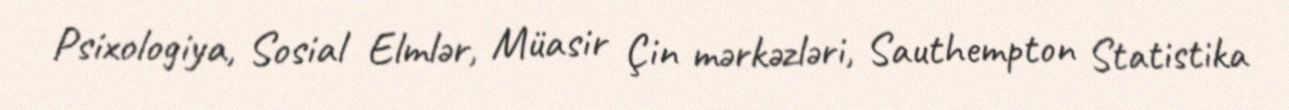
Psixologiya, Sosial Elmlər, Müasir Çin mərkəzləri, Sauthempton Statistika